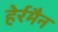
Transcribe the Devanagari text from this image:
हेर्रमैन